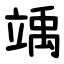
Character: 竬